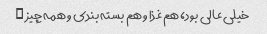
خیلی عالی بود، هم غذا و هم بسته بندی و همه چیز …